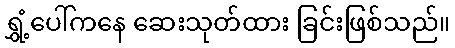
ရွှံ့ပေါ်ကနေ ဆေးသုတ်ထား ခြင်းဖြစ်သည်။